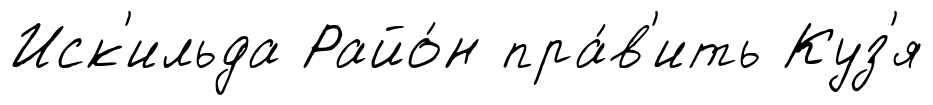
Иск'ильда Райо́н пра́в'ить Куз'я